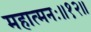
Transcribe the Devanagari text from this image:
महात्मनः॥१२॥